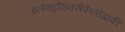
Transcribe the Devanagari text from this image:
इलेक्ट्रोएनसेफेलोग्राफी